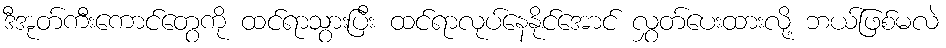
ဒီအုတ်ကီးကောင်တွေကို ထင်ရာသွားပြီး ထင်ရာလုပ်နေနိုင်အောင် လွှတ်ပေးထားလို့ ဘယ်ဖြစ်မလဲ